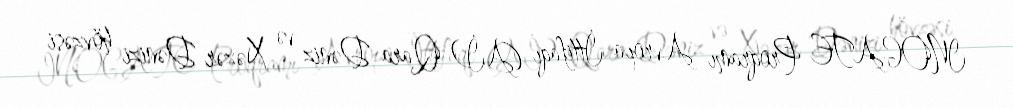
INOGATE Proqramı Avropa İttifaqı (Aİ) Qara Dəniz və Xəzər Dənizi hövzəsi